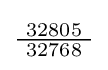
{\tfrac {\ 32805\ }{32768}}